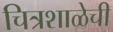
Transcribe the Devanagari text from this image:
चित्रशाळेची